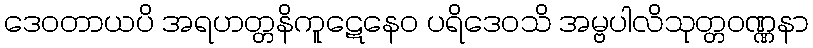
ဒေဝတာယပိ အရဟတ္တနိကူဋေနေဝ ပရိဒေဝသိ အမ္ဗပါလိသုတ္တဝဏ္ဏနာ